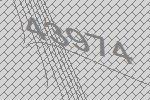
43974